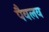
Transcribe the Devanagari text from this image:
पैवलव